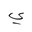
Letter: _ya